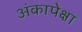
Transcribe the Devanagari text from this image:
अंकापेक्षा